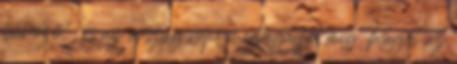
bűnöző", és az ország népe megtagadja, míg Ragni az